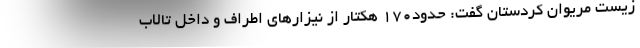
زیست مریوان کردستان گفت: حدود170 هکتار از نیزارهای اطراف و داخل تالاب